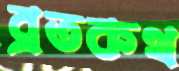
ব্রতকথ